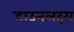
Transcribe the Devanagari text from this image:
डाउनलहम